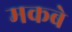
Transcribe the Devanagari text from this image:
मकबे